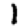
Digit: 1